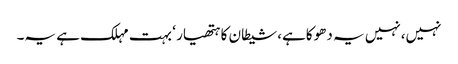
نہیں،نہیں یہ دھوکاہے،شیطان کا ہتھیار ‘ بہت مہلک ہے یہ۔